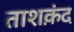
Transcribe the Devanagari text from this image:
ताशक़ंद